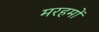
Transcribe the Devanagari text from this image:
मरहमों